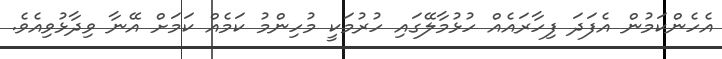
އެހެންކަމުން އެފަދަ ފިހާރައެއް ހުޅުމާލޭގައި ހުރުމަކީ މުހިންމު ކަމެއް ކަމަށް އޭނާ ވިދާޅުވިއެވެ.